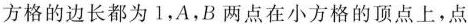
方格的边长都为1，A，B两点在小方格的顶点上，点